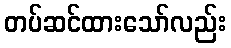
တပ်ဆင်ထားသော်လည်း